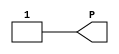
module VCC(P);


`ifdef XIL_TIMING

    parameter LOC = "UNPLACED";

`endif


    output P;

    assign P = 1'b1;

endmodule